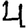
Digit: 4